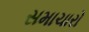
સમાચારો